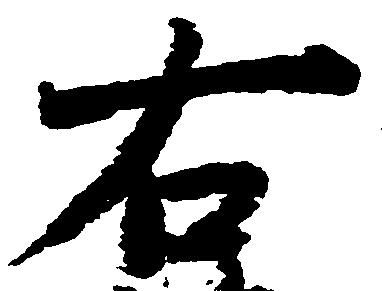
右